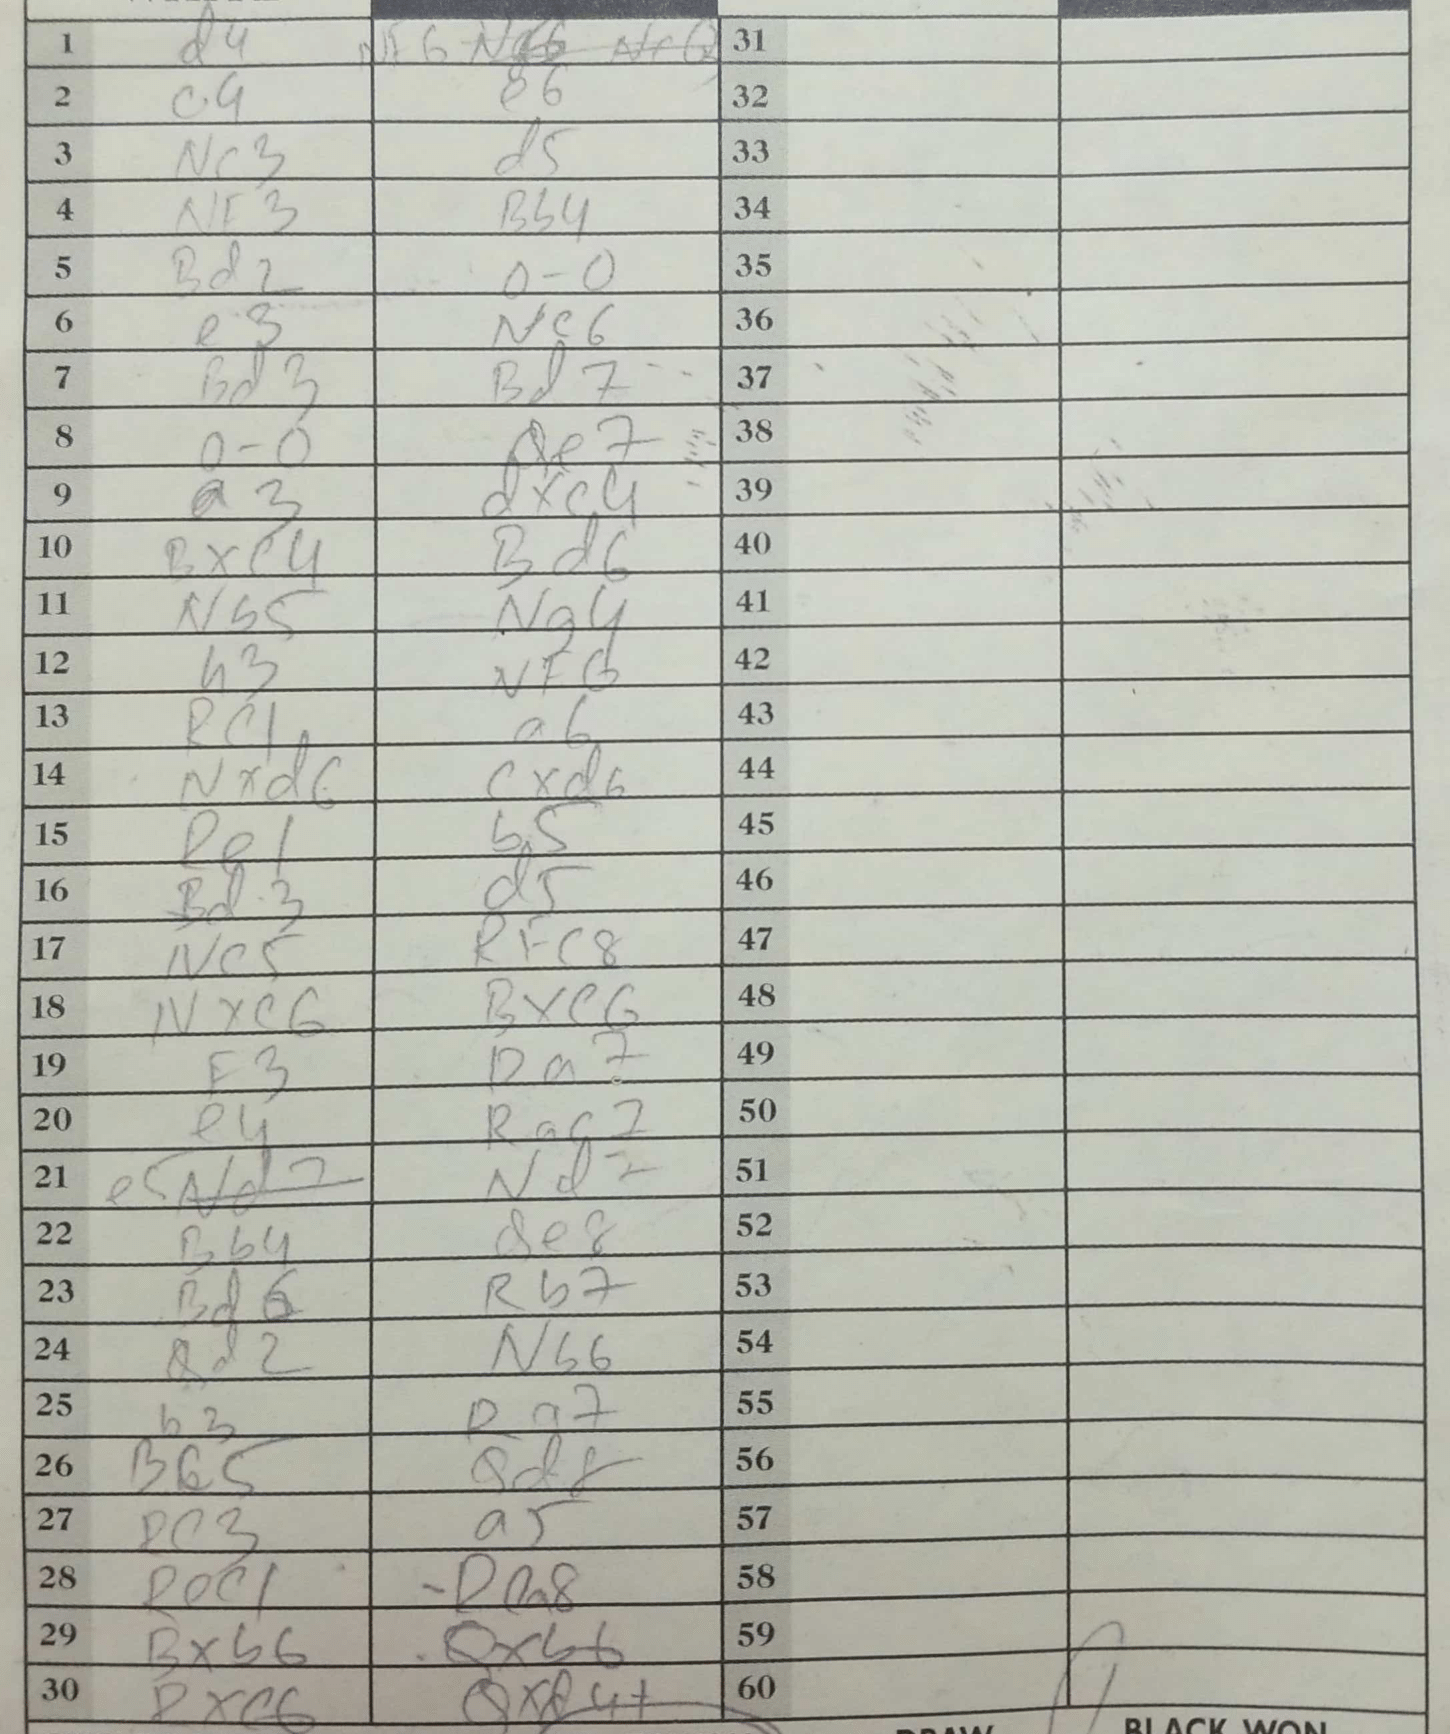
Moves: d4 Nf6 c4 e6 Nc3 d5 Nf3 Bb4 Bd2 O-O e3 Nc6 Bd3 Bd7 O-O Qe7 a3 dxc4 Bxe4 Bd6 Nb5 Ng4 h3 Nf6 Rc1 a6 Nxd6 cxd6 Re1 b5 Bd3 d5 Nc5 Rfc8 Nxc6 Bxe6 f3 Ra7 e4 Rac7 e5 Nd2 Bb4 de8 Bd6 Rb7 Qd2 Nb6 b3 Ra7 Bc5 Qd8 Rc3 a5 Rec1 Ra8 Bxb6 Qxb6 Rxc6 Qxd4+